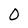
Character: 0